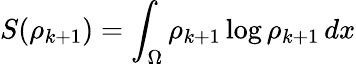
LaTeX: S(\rho_{k+1})=\int_{\Omega}\rho_{k+1}\log\rho_{k+1}\, dx